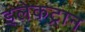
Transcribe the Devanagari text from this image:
इलेकट्रान